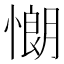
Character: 𢠯